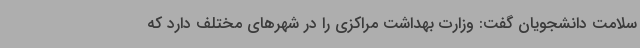
سلامت دانشجویان گفت: وزارت بهداشت مراکزی را در شهرهای مختلف دارد که